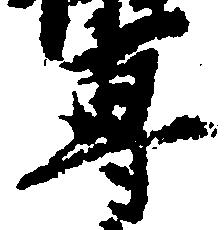
専